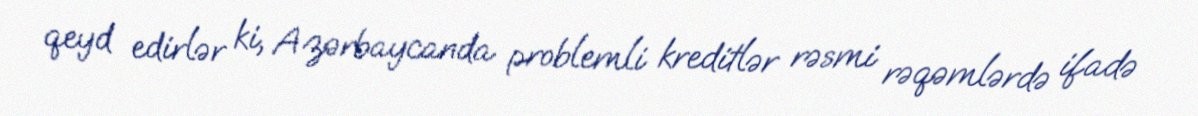
qeyd edirlər ki, Azərbaycanda problemli kreditlər rəsmi rəqəmlərdə ifadə